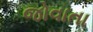
જોવાતા